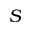
S